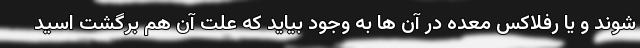
شوند و یا رفلاکس معده در آن ها به وجود بیاید که علت آن هم برگشت اسید